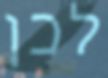
לכן